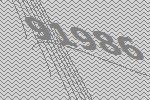
91986